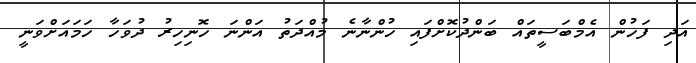
އަދި ފަހުން އެމްބަސީތައް ބަންދުކޮށްފައި ހުންނާނެ މުއްދަތު އަންނަ ހޮނިހިރު ދުވަހާ ހަމައަށްވަނީ